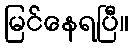
မြင်နေရပြီ။